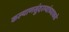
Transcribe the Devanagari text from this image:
कल्याणसुंदरम्यांच्याकडे